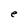
Character: e